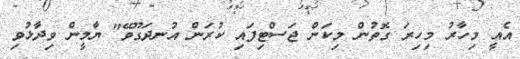
އެއީ މިހާރު މިހިރަ ގޮތުން މިކަން ޖަސްޓިފައި ކުރަން އުނދަގޫވޭ" ޔާމީން ވިދާޅުވި